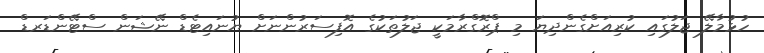
ހުޅުމާލޭ ޖަލުގައި ކުރިއަށްގެންދިޔަ މި ޕްރޮގްރާމަކީ ޖަލުތަކުގެ އޮފިސަރުންނަށް ޔުނައިޓެޑް ނޭޝަން ސްޓޭންޑަރޑް